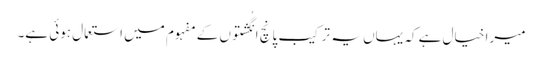
میرا خیال ہے کہ یہاں یہ ترکیب پانچ انگُشتوں کے مفہوم میں استعمال ہوئی ہے۔